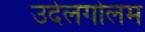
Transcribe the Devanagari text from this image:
उदेलगोलम